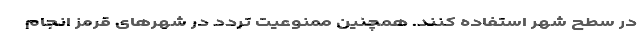
در سطح شهر استفاده کنند. همچنین ممنوعیت تردد در شهرهای قرمز انجام